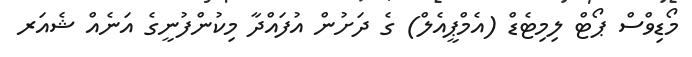
މޯޑިވްސް ޕޯޓް ލިމިޓެޑް (އެމްޕީއެލް) ގެ ދަށުން އުފައްދާ މިކުންފުނީގެ އަނެއް ޝެއަރ